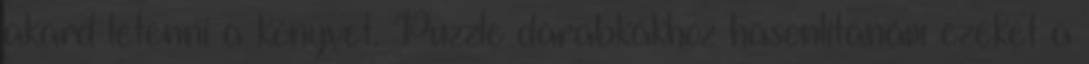
akard letenni a könyvet. Puzzle darabkákhoz hasonlítanám ezeket a